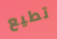
تطيع